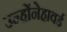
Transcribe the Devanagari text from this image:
उन्होंनेहावर्ड